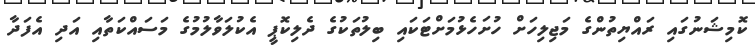
ކޮމިޝަނުގައި ރައްޔިތުންގެ މަޖިލިހަށް ހުށަހެޅުމަށްޓަކައި ބިލުތަކުގެ ދެލިކޮޕީ އެކުލަވާލުމުގެ މަސައްކަތާއި އަދި އެފަދާ